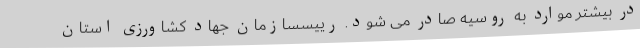
در بیشتر موارد به روسیه صادر می شود. رییسسازمان جهاد کشاورزی استان